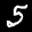
Label: 5